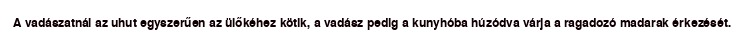
A vadászatnál az uhut egyszerűen az ülőkéhez kötik, a vadász pedig a kunyhóba húzódva várja a ragadozó madarak érkezését.